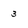
Character: 3